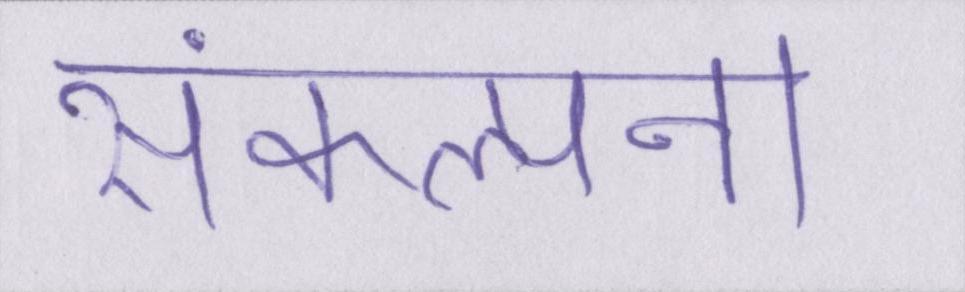
संकल्पना